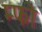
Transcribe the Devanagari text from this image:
म्फो